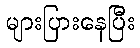
များပြားနေပြီး